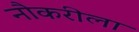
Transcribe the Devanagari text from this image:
नौकरीला